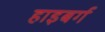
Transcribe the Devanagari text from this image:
हाइबर्ग